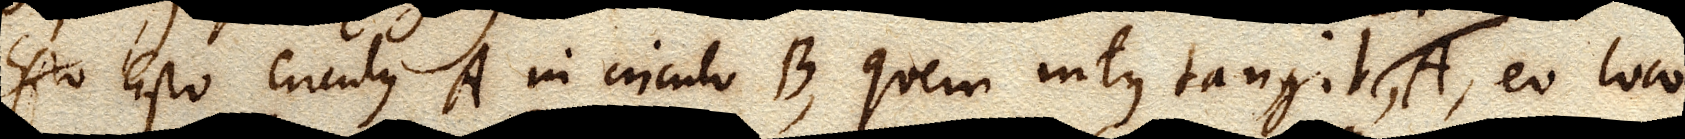
Esto circulus A in circulo B, quem intus tangit circulus, A, eo loco